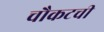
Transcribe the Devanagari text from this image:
चौकटची